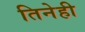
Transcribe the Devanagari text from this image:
तिनेही